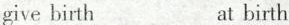
give birth at birth